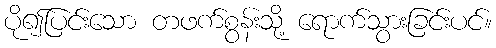
ပို၍ပြင်းသော တဖက်စွန်းသို့ ရောက်သွားခြင်းပင်။